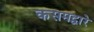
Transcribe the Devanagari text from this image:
कसमद्वारे